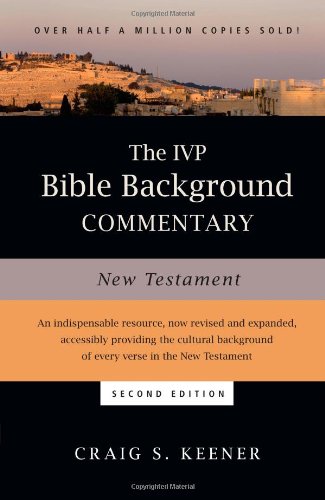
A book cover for The IVP Bible Background Commentary: New Testament; Craig S. Keener; Christian Books & Bibles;